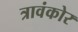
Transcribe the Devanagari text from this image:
त्रावंकोर